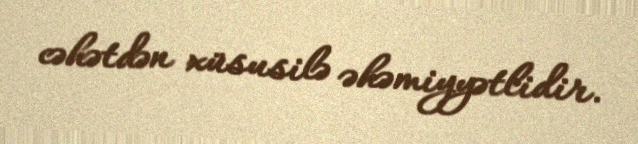
cəhətdən xüsusilə əhəmiyyətlidir.